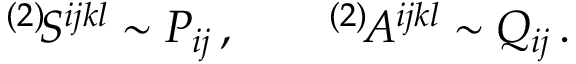
{ } ^ { ( 2 ) } \! S ^ { i j k l } \sim P _ { i j } \, , \qquad { } ^ { ( 2 ) } \! A ^ { i j k l } \sim Q _ { i j } \, .